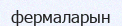
фермаларын